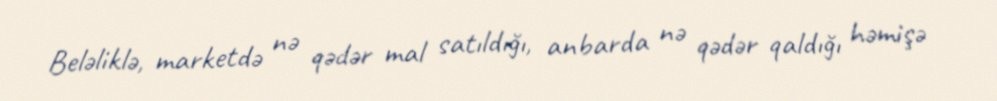
Beləliklə, marketdə nə qədər mal satıldığı, anbarda nə qədər qaldığı həmişə